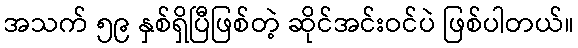
အသက် ၅၉ နှစ်ရှိပြီဖြစ်တဲ့ ဆိုင်အင်းဝင်ပဲ ဖြစ်ပါတယ်။